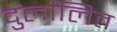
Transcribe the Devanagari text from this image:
दुर्लालित